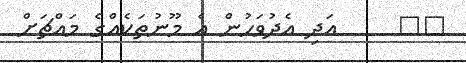
٤٠     އަދި އެދުވަހުން އެ މޫނުތަކެއްގެ މައްޗަށް